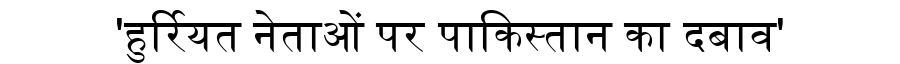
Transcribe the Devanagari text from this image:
'हुर्रियत नेताओं पर पाकिस्तान का दबाव'